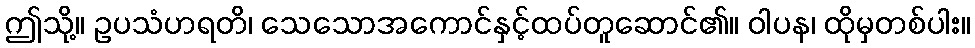
ဤသို့။ ဥပသံဟရတိ၊ သေသောအကောင်နှင့်ထပ်တူဆောင်၏။ ဝါပန၊ ထိုမှတစ်ပါး။